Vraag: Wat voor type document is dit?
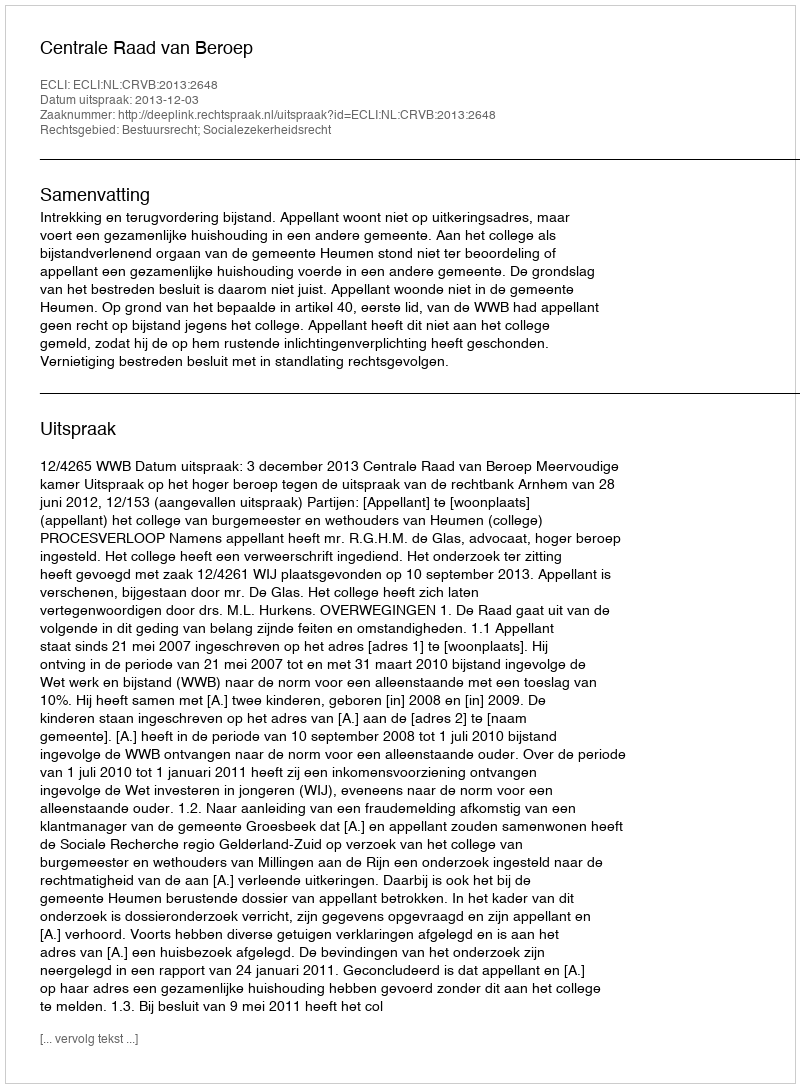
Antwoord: Uitspraak